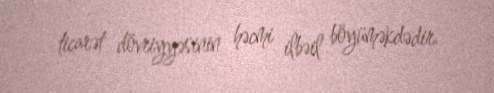
ticarət dövriyyəsinin həcmi ilbəil böyüməkdədir.